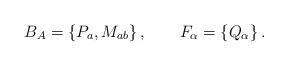
LaTeX: \begin{align*}B_A = \{P_{a}, M_{ab}\}\,,\qquad F_\alpha = \{Q_\alpha\}\,.\end{align*}